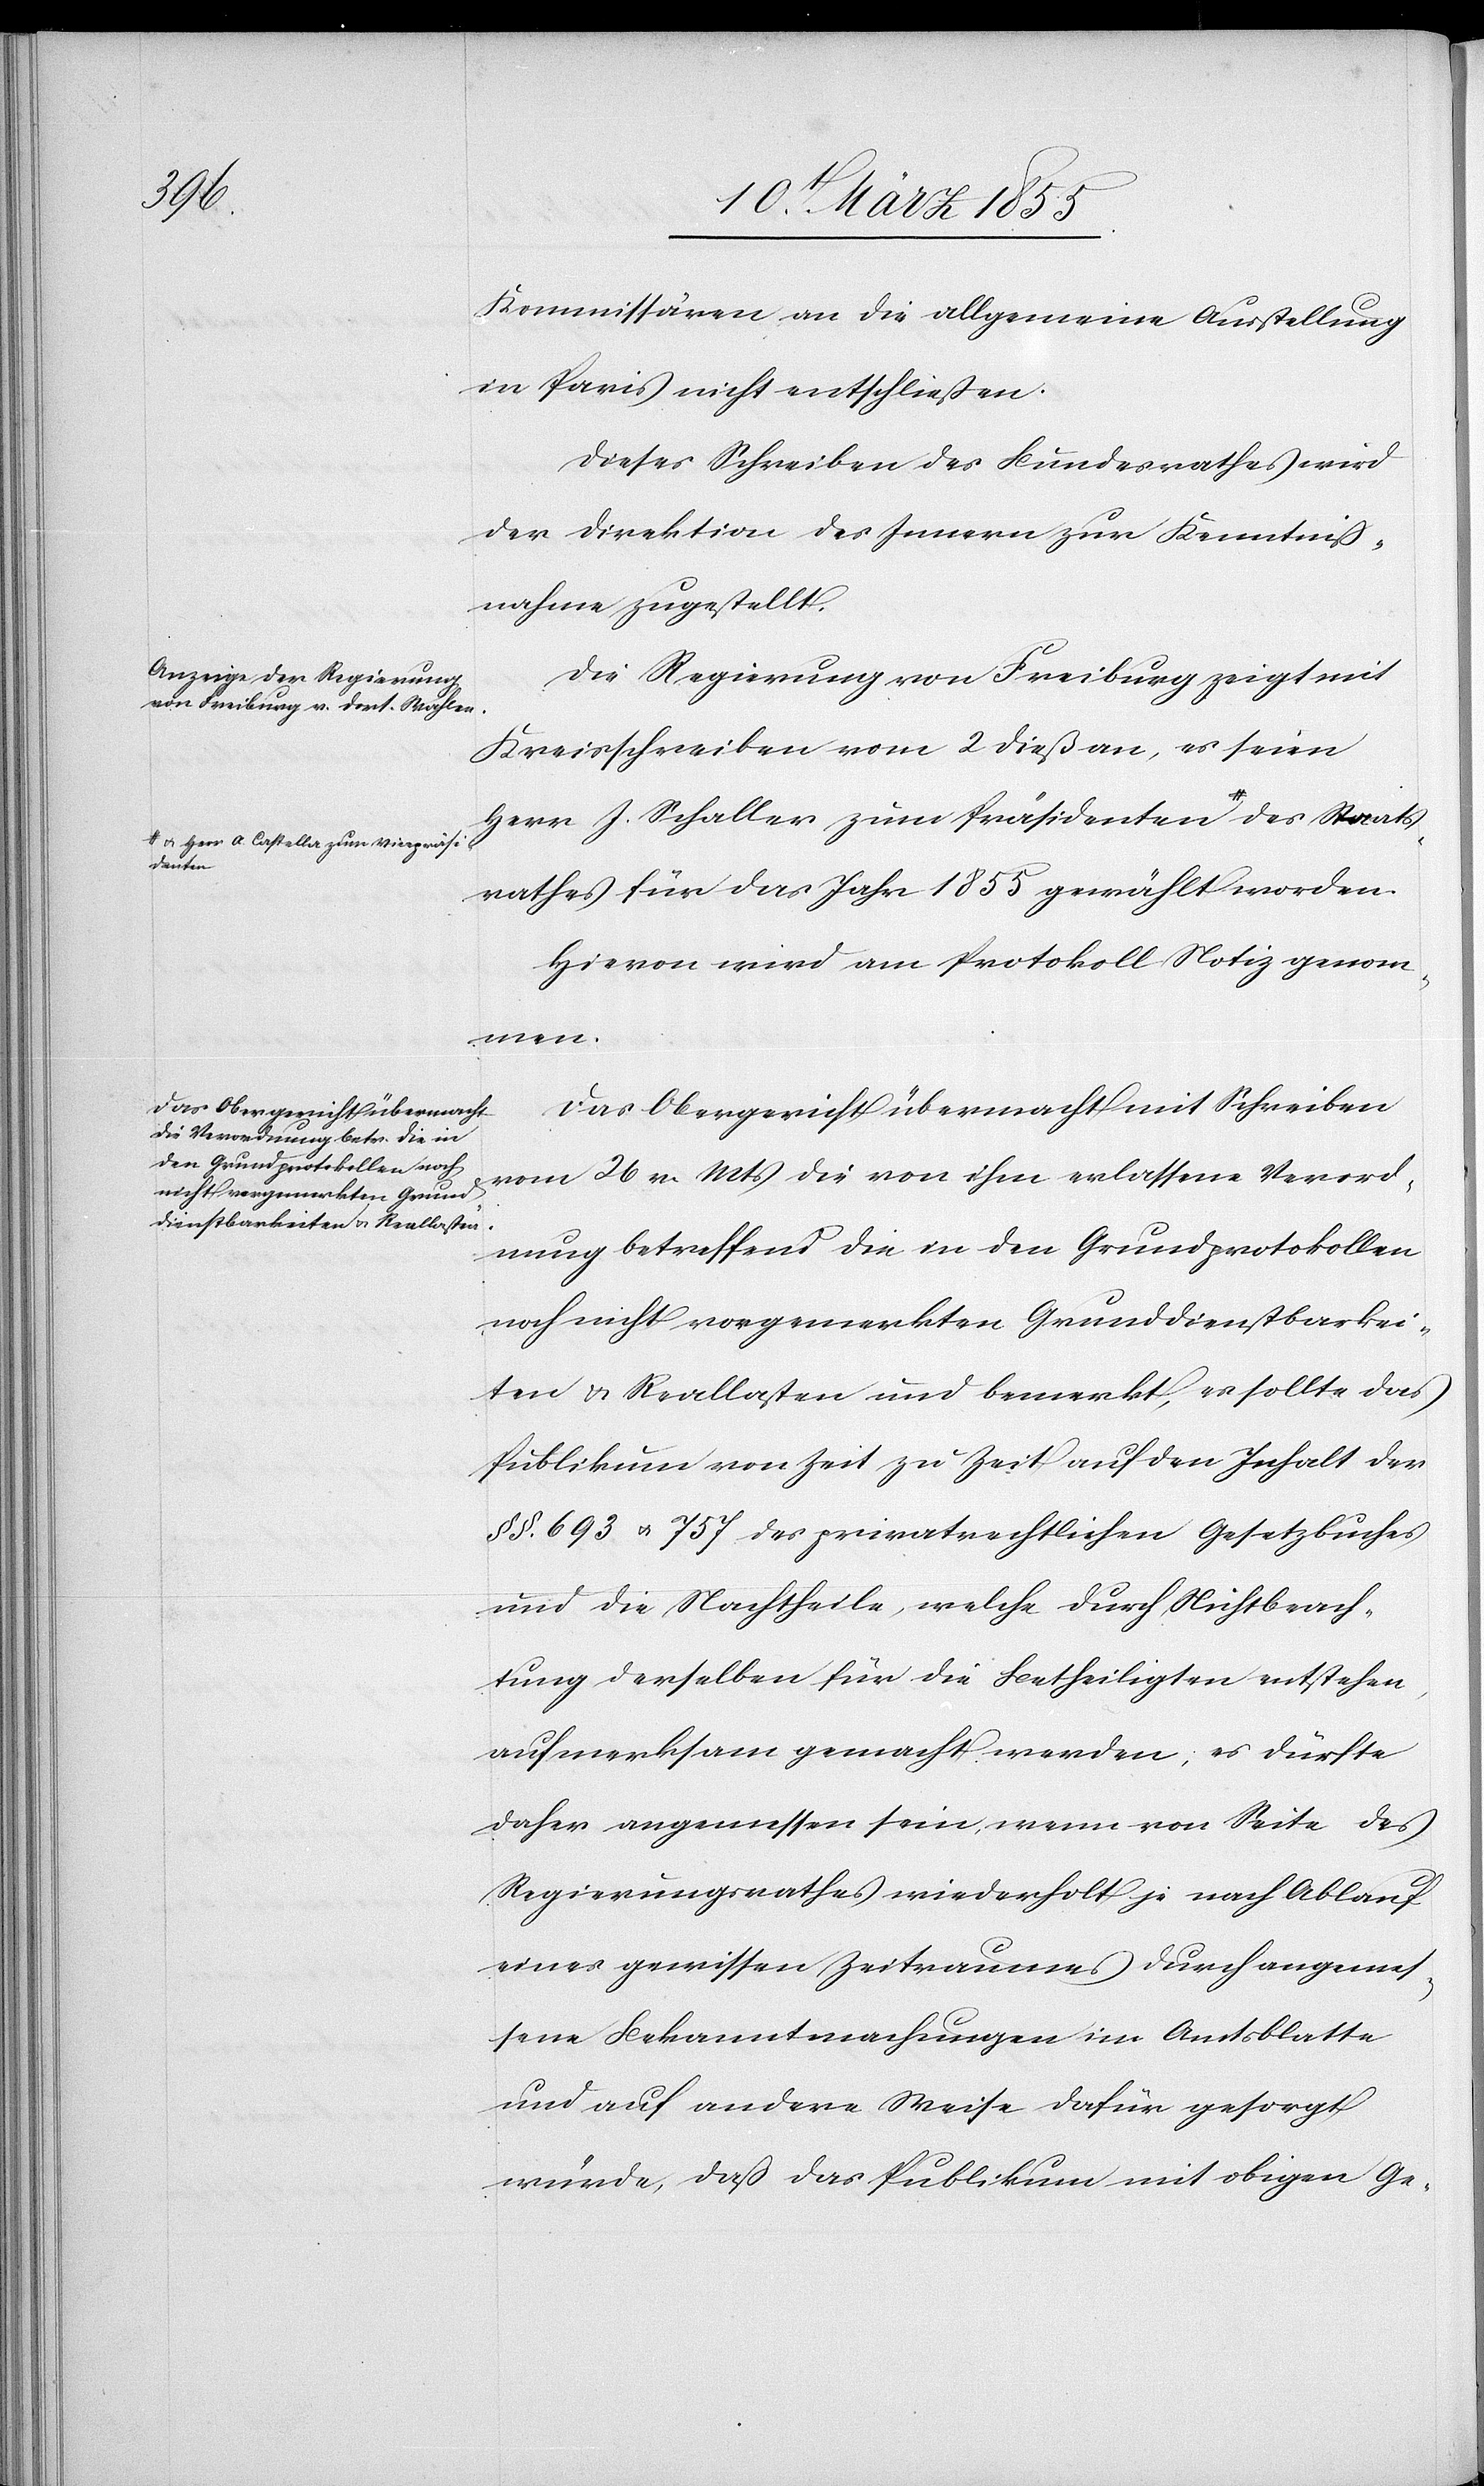
Kommissären an die allgemeine Ausstellung
in Paris nicht entschließen.
Dieses Schreiben des Bundesrathes wird
der Direktion des Innern zur Kenntniß¬
nahme zugestellt.
Die Regierung von Freiburg zeigt mit
Kreisschreiben vom 2 dieß an, es seien
Herr J. Schaller zum Präsidenten a-& Herr
A. Castella zum Vicepräsi¬
denten-a
rathes für das Jahr 1855 gewählt worden.
Hievon wird am Protokoll Notiz genom¬
men.
Das Obergericht übermacht mit Schreiben
vom 26 v. Mts die von ihm erlassene Verord¬
nung betreffend die in den Grundprotokollen
noch nicht vorgemerkten Grunddienstbarkei¬
ten & Reallasten und bemerkt, es sollte das
Publikum von Zeit zu Zeit auf den Inhalt der
§§. 693 & 757 des privatrechtlichen Gesetzbuches
und die Nachtheile, welche durch Nichtbeach¬
tung derselben für die Betheiligten entstehen,
aufmerksam gemacht werden, es dürfte
daher angemessen sein, wenn von Seite des
Regierungsrathes wiederholt je nach Ablauf
eines gewissen Zeitraumes durch angemes¬
sene Bekanntmachungen im Amtsblatte
und auf andere Weise dafür gesorgt
würde, daß das Publikum mit obigen Ge-